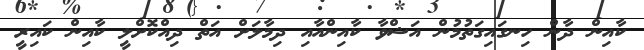
ކާއިން ދާން ހިނގައިގަތުމުން އަޝްވާ ކާއިންއާއި ދިމާލަށް އަތް ދިއްކޮށްލީ ކާއިން ކައިރީ